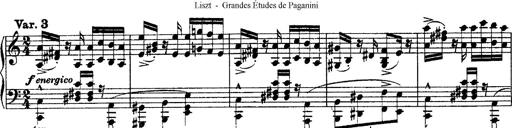
Title: Grandes Ã©tudes de Paganini
Composer: Franz Liszt